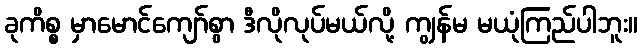
ခုကိစ္စ မှာမောင်ကျော်စွာ ဒီလိုလုပ်မယ်လို့ ကျွန်မ မယုံကြည်ပါဘူး။